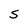
Character: S